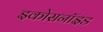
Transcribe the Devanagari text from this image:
इकोसनॉइड